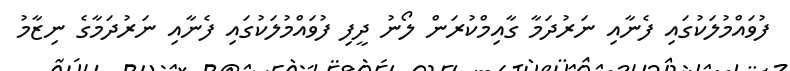
ފުވައްމުލަކުގައި ފެނާއި ނަރުދަމާ ގާއިމްކުރަން ލޯނު ދީފި ފުވައްމުލަކުގައި ފެނާއި ނަރުދަމާގެ ނިޒާމު